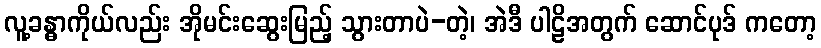
လူ့ခန္ဓာကိုယ်လည်း အိုမင်းဆွေးမြည့် သွားတာပဲ-တဲ့၊ အဲဒီ ပါဠိအတွက် ဆောင်ပုဒ် ကတော့